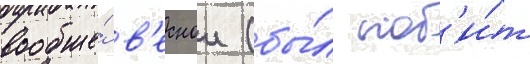
вообще́ в'еснои (бы́л поб'и́т